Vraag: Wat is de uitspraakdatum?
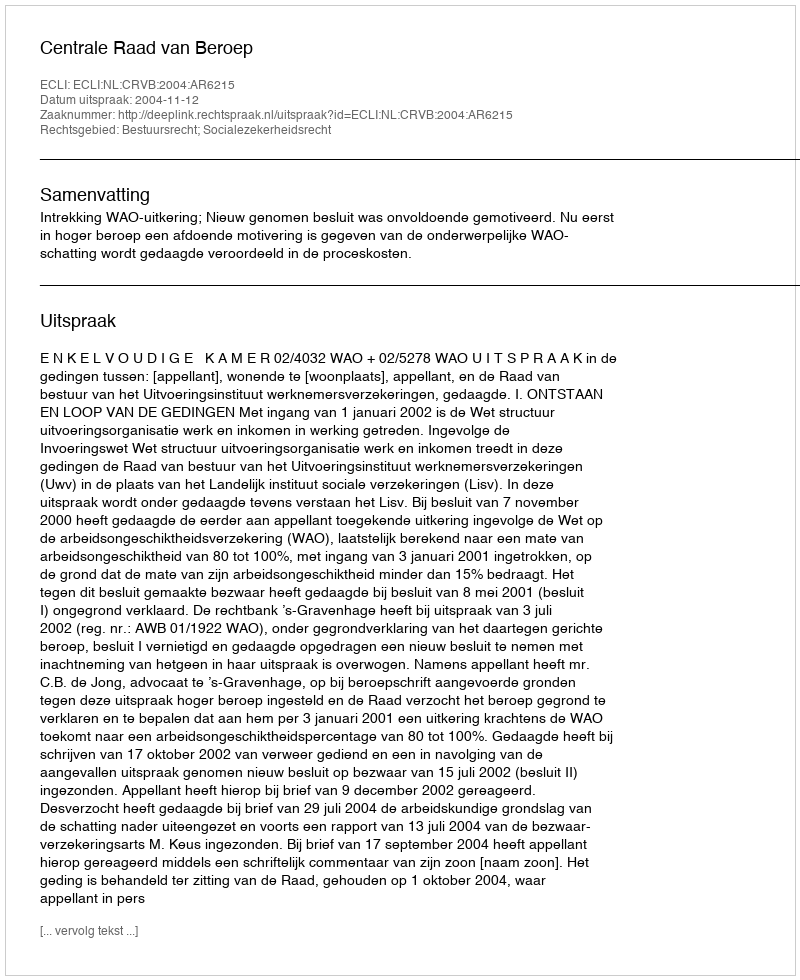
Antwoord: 2004-11-12